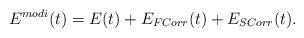
LaTeX: \begin{align*} E^{modi} (t) = E(t) + E_{FCorr}(t) + E_{SCorr}(t).\end{align*}